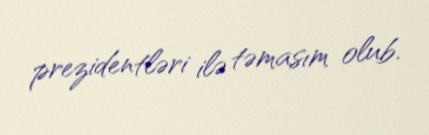
prezidentləri ilə təmasım olub.